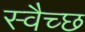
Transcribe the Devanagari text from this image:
स्वैच्छ